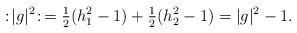
LaTeX: \begin{align*} :\!|g|^2\!: \, = \tfrac 12 (h_1^2 - 1) + \tfrac 12 (h_2^2-1) = |g|^2 - 1. \end{align*}